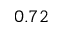
0 . 7 2